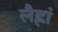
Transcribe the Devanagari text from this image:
लैह्रां